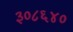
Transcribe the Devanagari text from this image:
३०८६४०